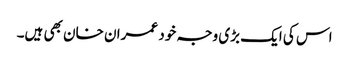
اس کی ایک بڑی وجہ خود عمران خان بھی ہیں۔